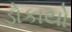
ડોકાયો